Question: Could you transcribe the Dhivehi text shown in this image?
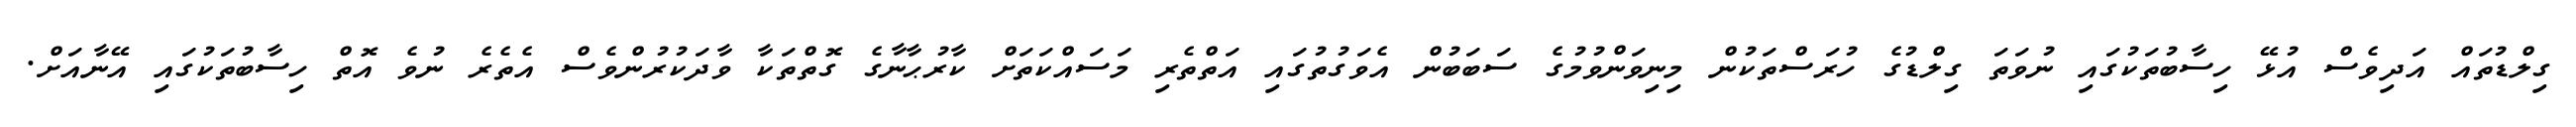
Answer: ގިލްޑުތައް އަދިވެސް އުޅޭ ހިސާބުތަކުގައި ނުވަތަ ގިލްޑުގެ ހުރަސްތަކުން މިނިވަންވުމުގެ ސަބަބުން އެވަގުތުގައި އަތްތެރި މަސައްކަތަށް ކާރުޙާނާގެ ގޮތްތަކާ ވާދަކުރުންވެސް އެތެރެ ނުވެ އޮތް ހިސާބުތަކުގައި އޭނާއަށް.